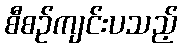
စီစဉ်ကျင်းပသည့်